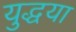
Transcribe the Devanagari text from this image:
युद्धया